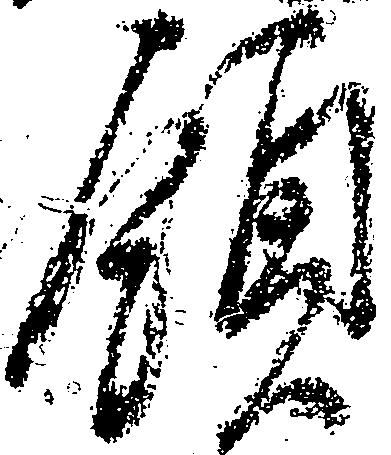
領